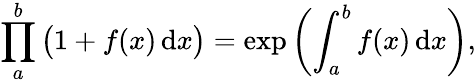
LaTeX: \prod_{a}^{b}{\big(}1+f(x)\, \mathrm{d}x{\big)}=\exp\left(\int_{a}^{b}f(x)\, \mathrm{d}x\right),